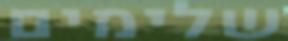
שלימים